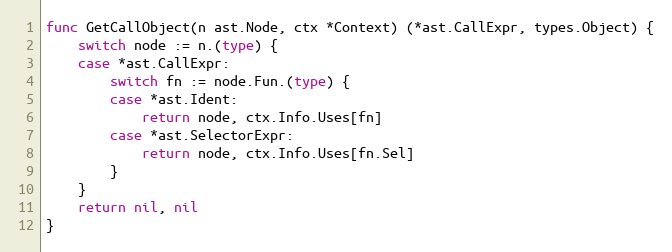
Language: Go
func GetCallObject(n ast.Node, ctx *Context) (*ast.CallExpr, types.Object) {
	switch node := n.(type) {
	case *ast.CallExpr:
		switch fn := node.Fun.(type) {
		case *ast.Ident:
			return node, ctx.Info.Uses[fn]
		case *ast.SelectorExpr:
			return node, ctx.Info.Uses[fn.Sel]
		}
	}
	return nil, nil
}